Scottish Certificate of Education, 1962
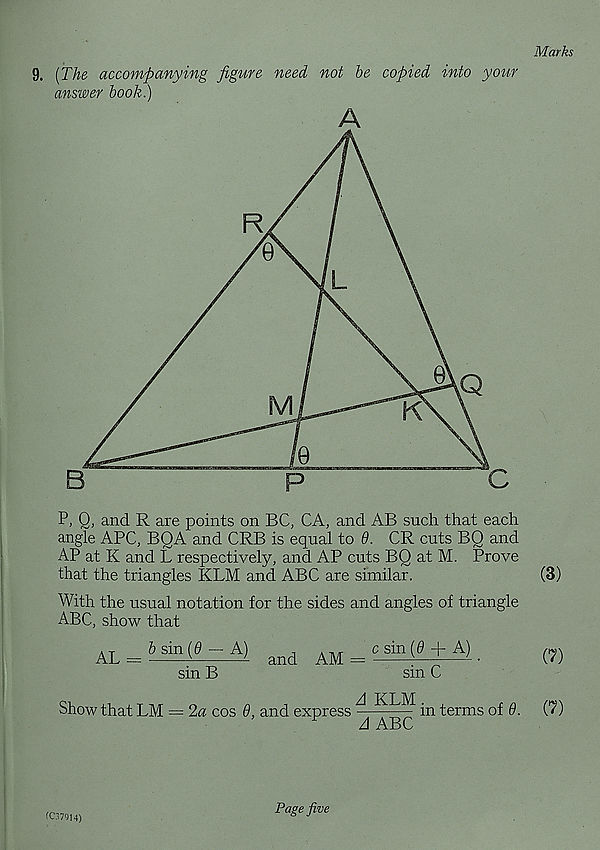
Marks
9. {The accompanying figure need not he copied into your
answer hook.)
P, Q, and R are points on BC, CA, and AB such that each
angle APC, BQA and CRB is equal to 9. CR cuts BQ and
AP at K and L respectively, and AP cuts BQ at M. Prove
that the triangles KLM and ABC are similar.
(3)
With the usual notation for the sides and angles of triangle
ABC, show that
AL = 5 sin (fl - A) and am = c sin
+-^ .
(7)
sin B
sin C
Show that LM = 2a cos 9, and express ^ KRM ^ ^e rms 0 f q.
(?)
CC37914)
Page five